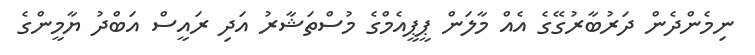
ނިމެންދެން ދަރުބާރުގޭގެ އެއް މާލަން ޕީޕީއެމްގެ މުސްތަޝާރު އަދި ރައީސް އަބްދު ޔާމީންގެ